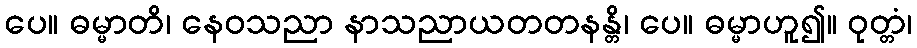
ပေ။ ဓမ္မာတိ၊ နေဝသညာ နာသညာယတတနန္တိ၊ ပေ။ ဓမ္မာဟူ၍။ ဝုတ္တံ၊